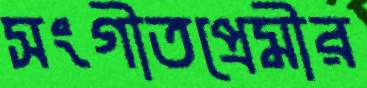
সংগীতপ্রেমীর